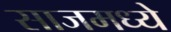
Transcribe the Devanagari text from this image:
साजमध्ये